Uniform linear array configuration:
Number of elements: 64
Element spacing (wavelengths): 0.5
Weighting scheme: uniform
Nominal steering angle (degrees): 45
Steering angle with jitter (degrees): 45.119
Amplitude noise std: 0.05
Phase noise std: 0.05

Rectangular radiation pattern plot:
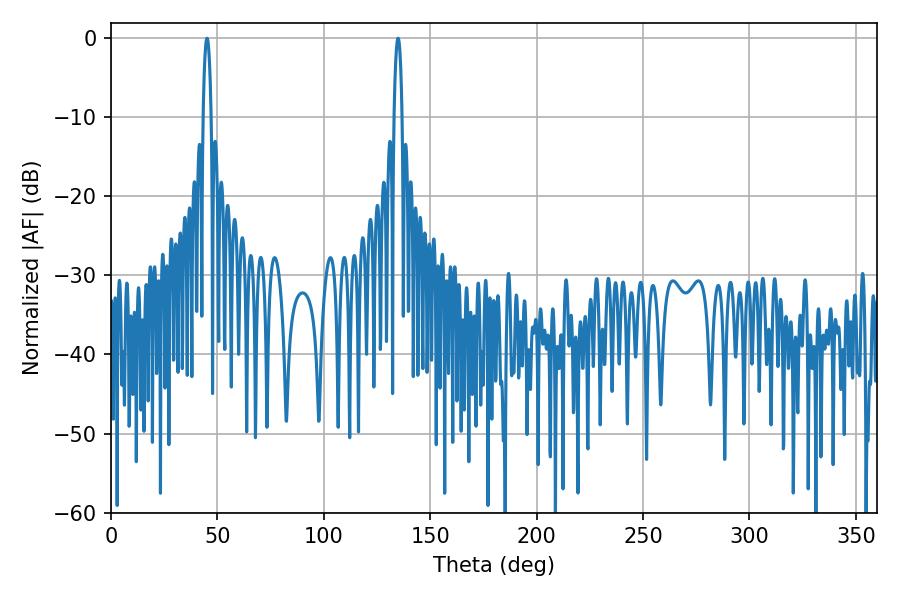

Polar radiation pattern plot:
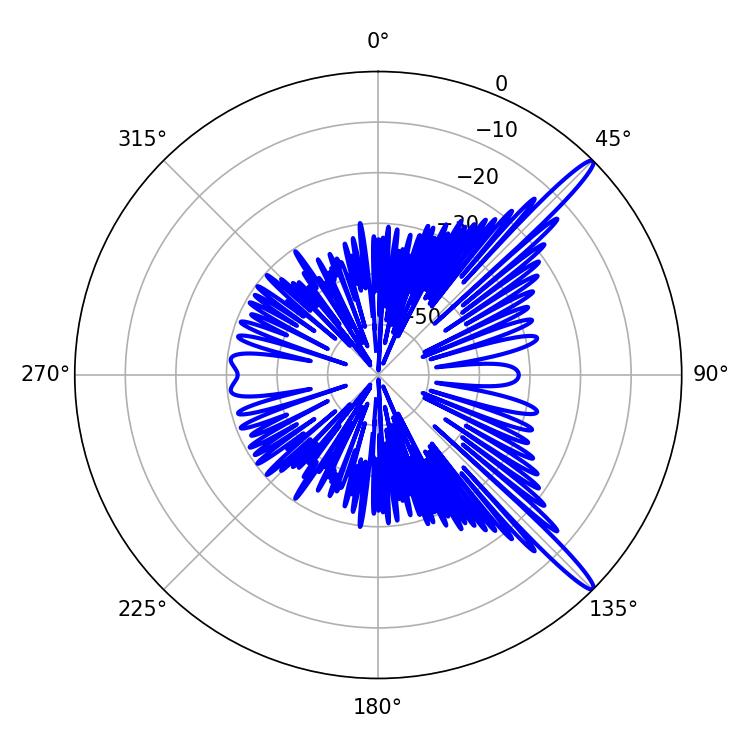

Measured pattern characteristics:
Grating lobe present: FALSE
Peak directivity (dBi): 15.069
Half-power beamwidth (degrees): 1.98
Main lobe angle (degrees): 134.82